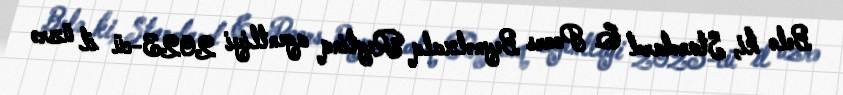
Belə ki, Standard & Poors Beynəlxalq Reytinq agentliyi 2023-cü il üzrə